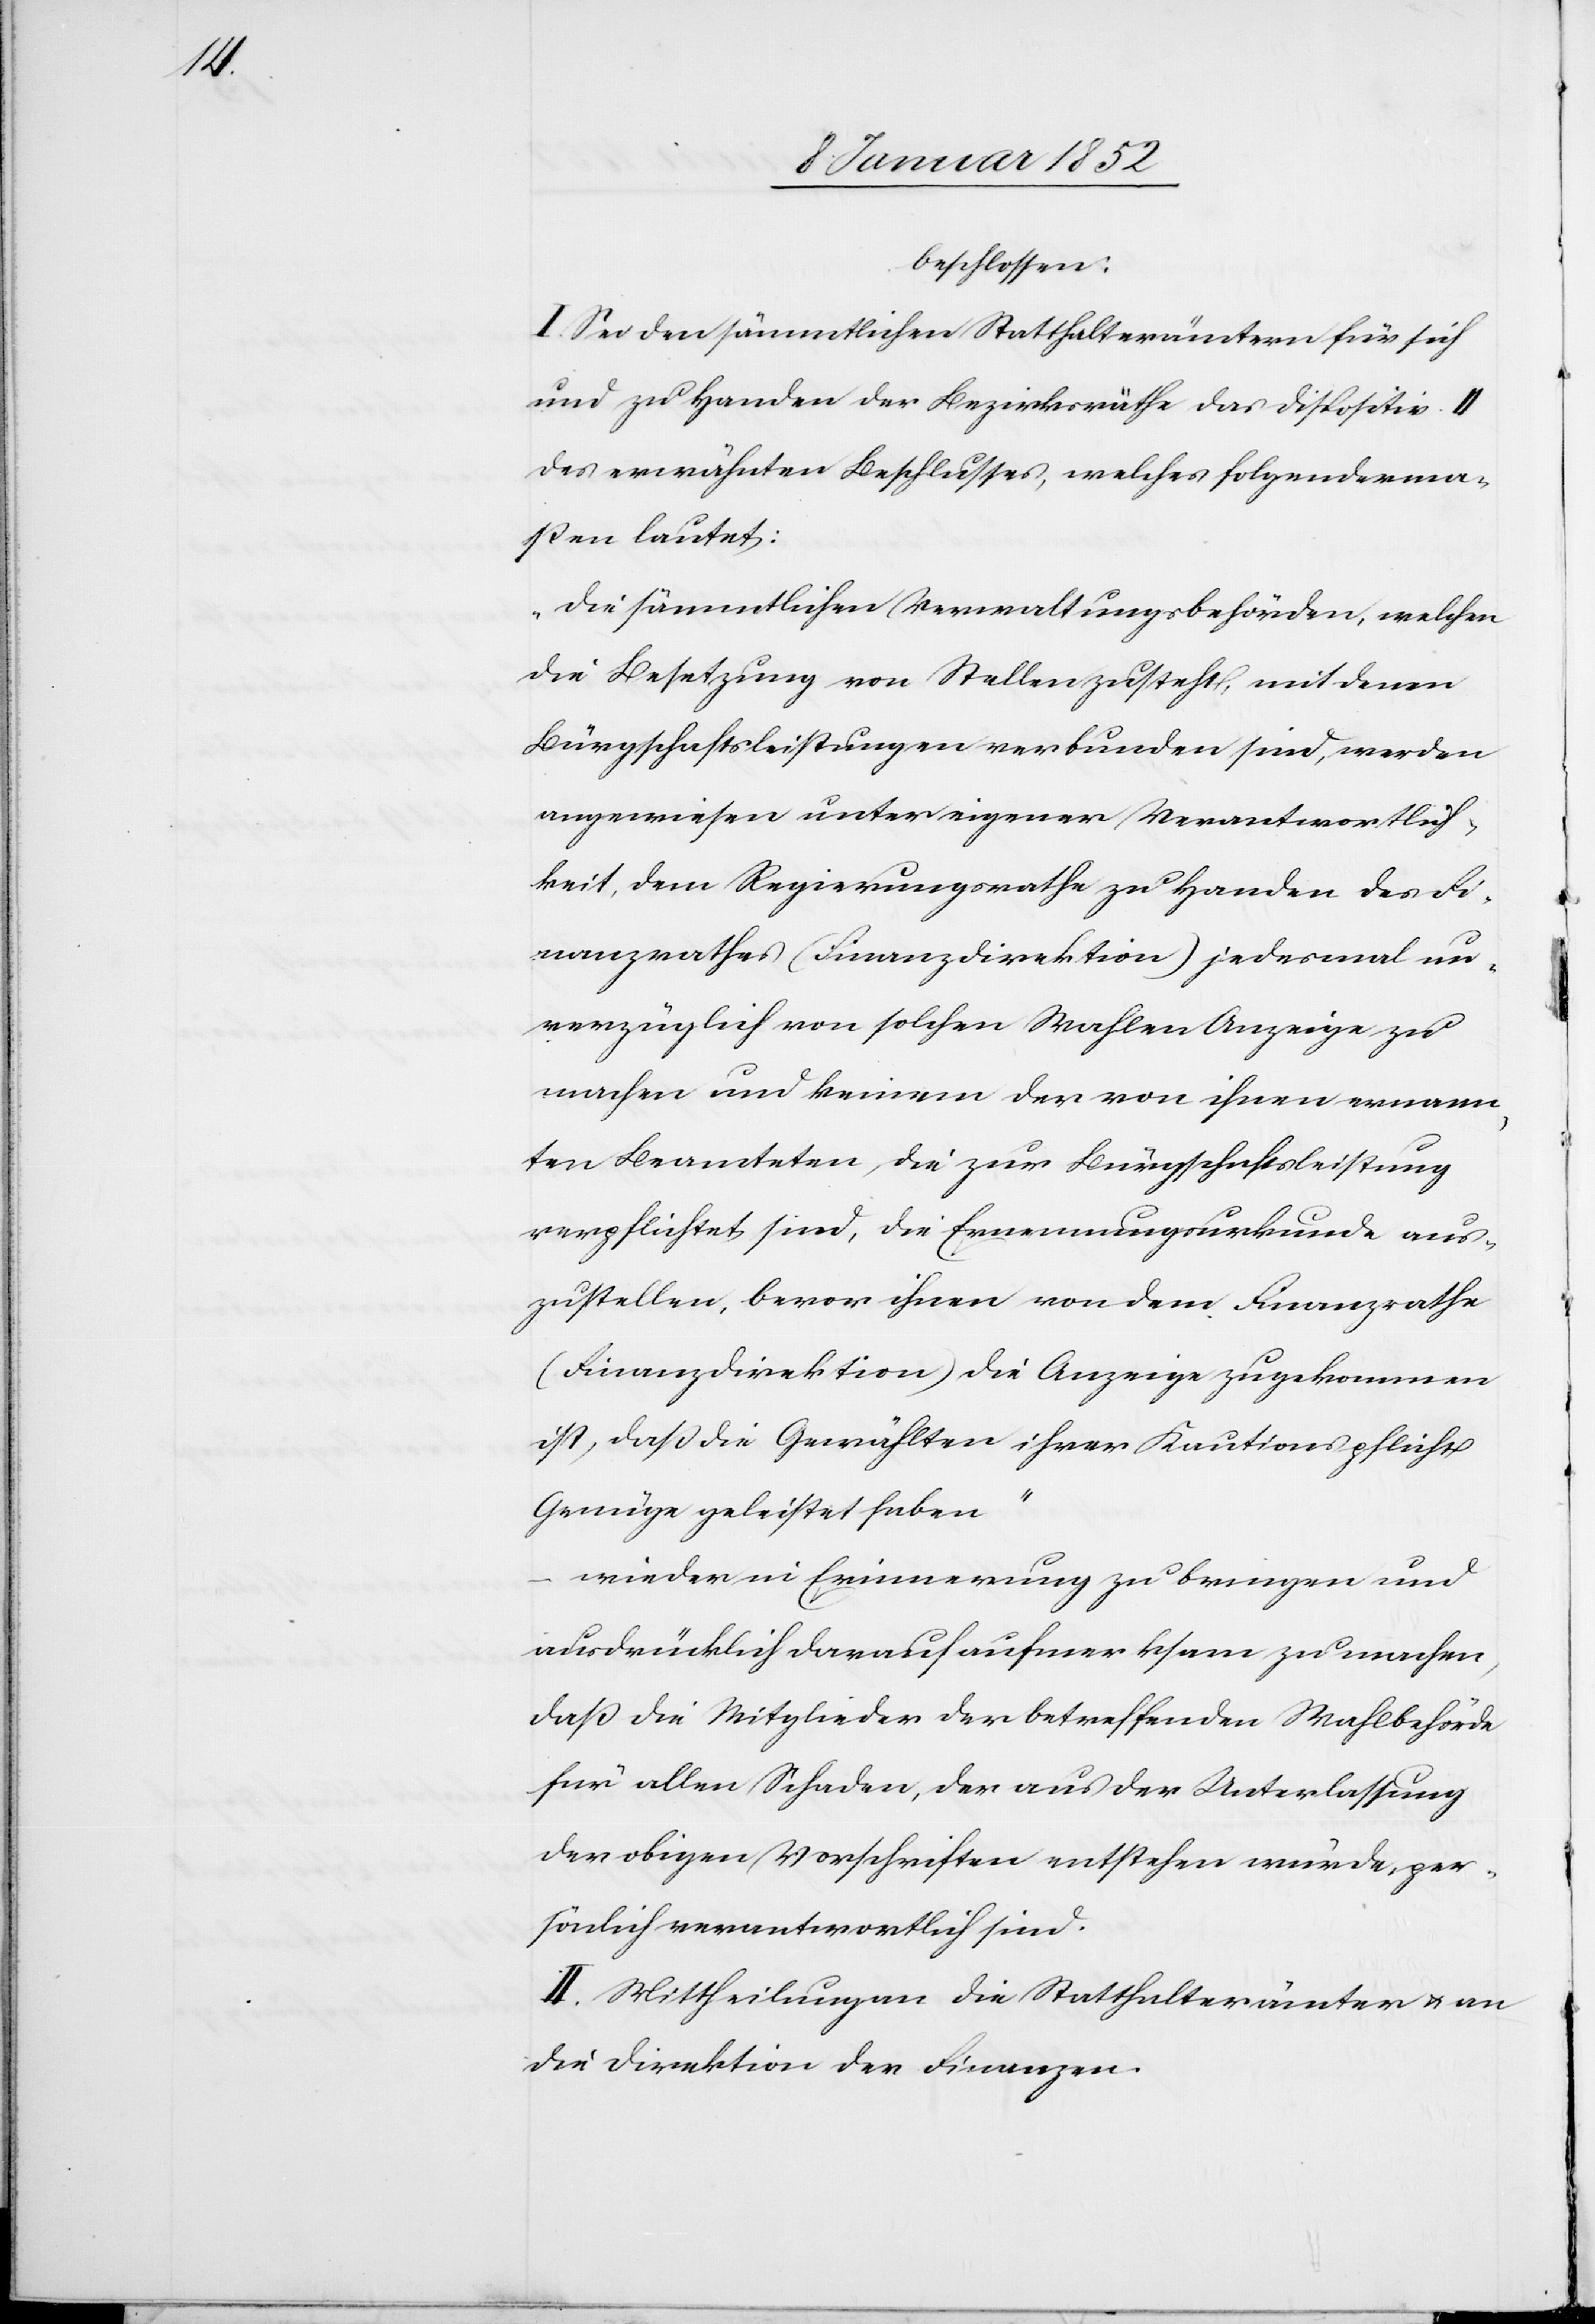
beschlossen:
I. Sei den sämmtlichen Statthalterämtern für sich
und zu Handen der Bezirksräthe das Dispositiv II
des erwähnten Beschlusses, welches folgenderma¬
ßen lautet:
„die sämmtlichen Verwaltungsbehörden, welchen
die Besetzung von Stellen zusteht, mit denen
Bürgschaftsbesitzungen verbunden sind, werden
angewiesen unter eigener Verantwortlich¬
keit, dem Regierungsrathe zu Handen des Fi¬
nanzrathes (Finanzdirektion) jedesmal un¬
verzüglich von solchen Wahlen Anzeige zu
machen und keinem der von ihnen ernann¬
ten Beamteten die zur Bürgschaftsleistung
verpflichtet sind, die Ernennungsurkunde aus¬
zustellen, bevor ihnen von dem Finanzrathe
(Finanzdirektion) die Anzeige zugekommen
ist, daß die Gewählten ihrer Kautionspflicht
Genüge geleistet haben“
–
wieder in Erinnerung zu bringen und
ausdrücklich darauf aufmerksam zu machen,
daß die Mitglieder der betreffenden Wahlbehörde
für allen Schaden, der aus der Unterlassung
der obigen Vorschriften entstehen würde, per¬
sönlich verantwortlich sind.
II. Mittheilung an die Statthalterämter u. an
die Direktion der Finanzen.